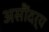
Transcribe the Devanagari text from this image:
असौंदर्य